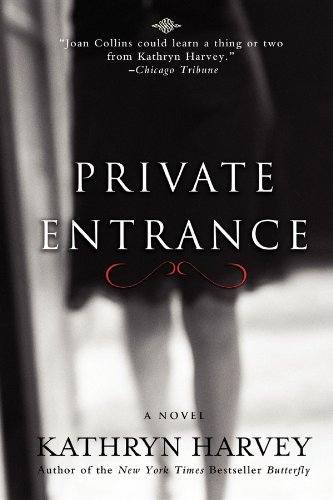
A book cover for Private Entrance; Kathryn Harvey; Romance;